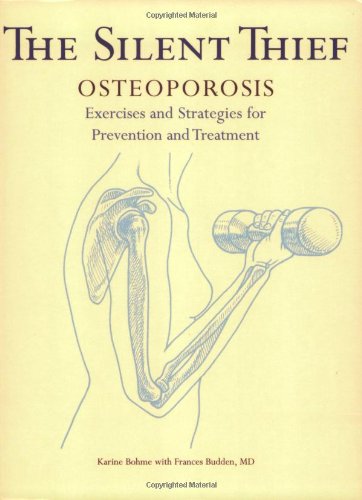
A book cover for The Silent Thief: Bone-Building Exercises and Essential Strategies to Prevent and Treat Osteoporosis (Your Personal Health); Karine Bohme; Health, Fitness & Dieting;